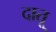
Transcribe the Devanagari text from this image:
दातू